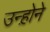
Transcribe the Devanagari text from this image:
उन्ह़ोने